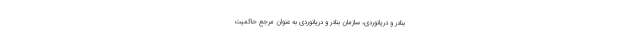
بنادر و دریانوردی، سازمان بنادر و دریانوردی به عنوان مرجع حاکمیت